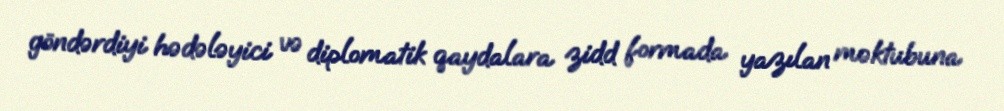
göndərdiyi hədələyici və diplomatik qaydalara zidd formada yazılan məktubuna